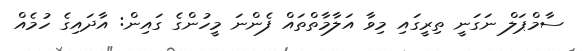
ސާމްޕަލް ނަގަނީ ތިރީގައި މިވާ އަލާމާތްތައް ފެންނަ މީހުންގެ ގައިން: އާދައިގެ ހުމެއް